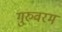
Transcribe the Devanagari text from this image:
गुरुवरम